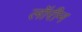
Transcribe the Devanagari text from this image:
लॉरीन